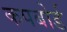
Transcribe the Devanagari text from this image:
कपबोर्ड